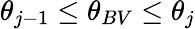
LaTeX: \theta_{j-1}\leq\theta_{BV}\leq\theta_{j}